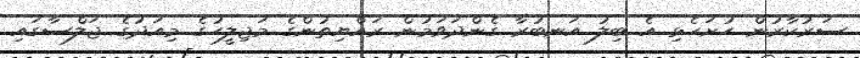
ސަރުކާރުން ހުށަހެޅި އެ ބިލު އަނބުރާ ގެންދަވަމުން ރައްޔިތުންގެ މަޖިލީހުގެ މިއަދުގެ ޖަލްސާގައި